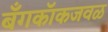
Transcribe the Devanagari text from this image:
बँगकॉकजवळ